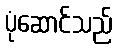
ပုံဆောင်သည်